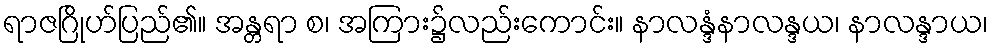
ရာဇဂြိုဟ်ပြည်၏။ အန္တရာ စ၊ အကြား၌လည်းကောင်း။ နာလန္ဒံနာလန္ဒယ၊ နာလန္ဒာယ၊